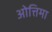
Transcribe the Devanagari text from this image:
ओत्तिमा